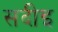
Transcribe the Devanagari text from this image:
सदीइ